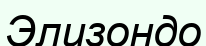
Элизондо